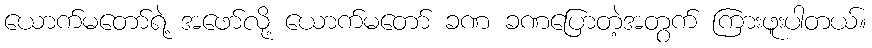
ယောက်မတော်ရဲ့ အဖော်လို့ ယောက်မတော် ခဏ ခဏပြောတဲ့အတွက် ကြားဖူးပါတယ်။